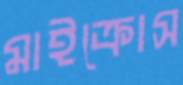
মাইক্রোস